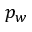
p _ { w }